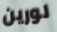
لورين